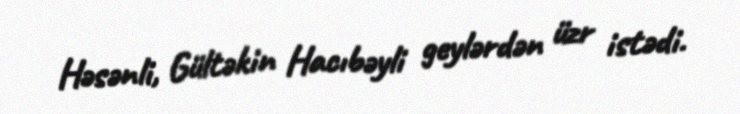
Həsənli, Gültəkin Hacıbəyli geylərdən üzr istədi.